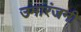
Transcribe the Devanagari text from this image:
उमारंजनी